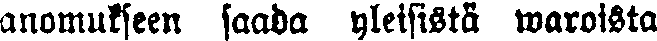
anomukseen saada yleisistä waroista